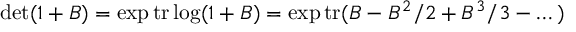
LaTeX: \operatorname * { d e t } ( 1 + B ) = \exp \mathrm { t r } \log ( 1 + B ) = \exp \mathrm { t r } ( B - B ^ { 2 } / 2 + B ^ { 3 } / 3 - \dots )